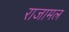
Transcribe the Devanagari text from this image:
राजामल